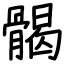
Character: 𩩲